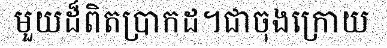
មួយដ៏ពិតប្រាកដ។ជាចុងក្រោយ